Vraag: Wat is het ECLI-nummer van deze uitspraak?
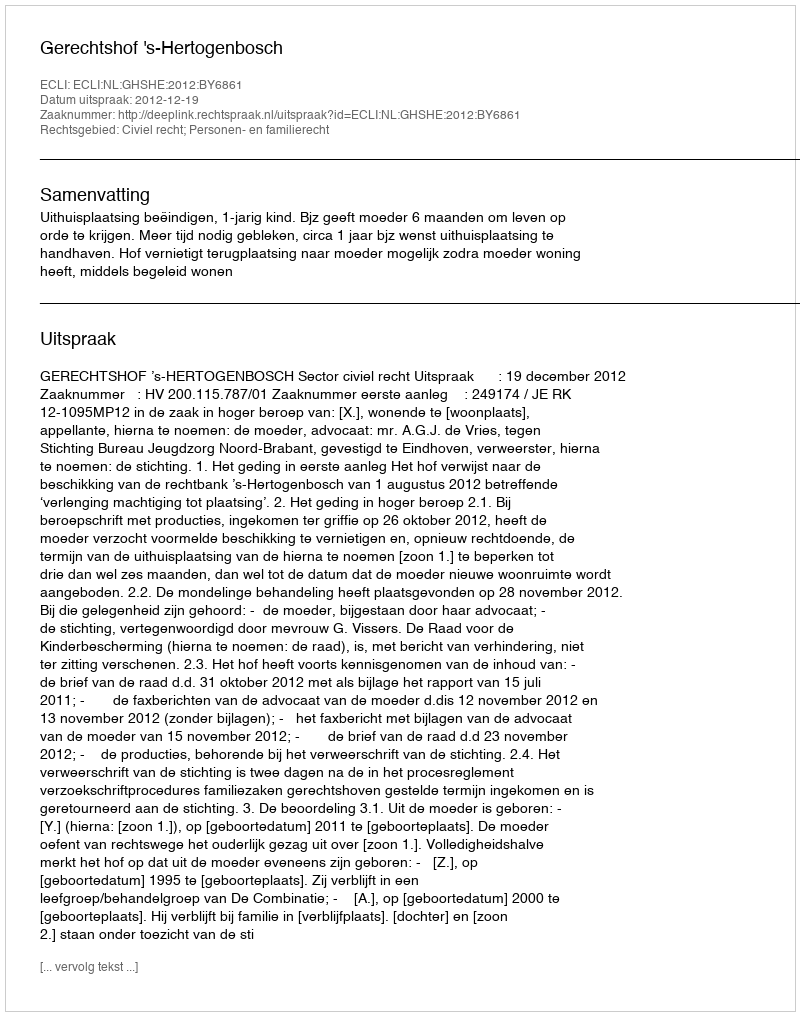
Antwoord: ECLI:NL:GHSHE:2012:BY6861